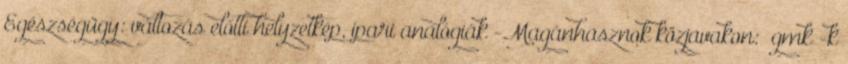
Egészségügy: változás előtti helyzetkép, ipari analógiák -Magánhasznok közjavakon: „gmk”-k